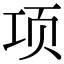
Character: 项